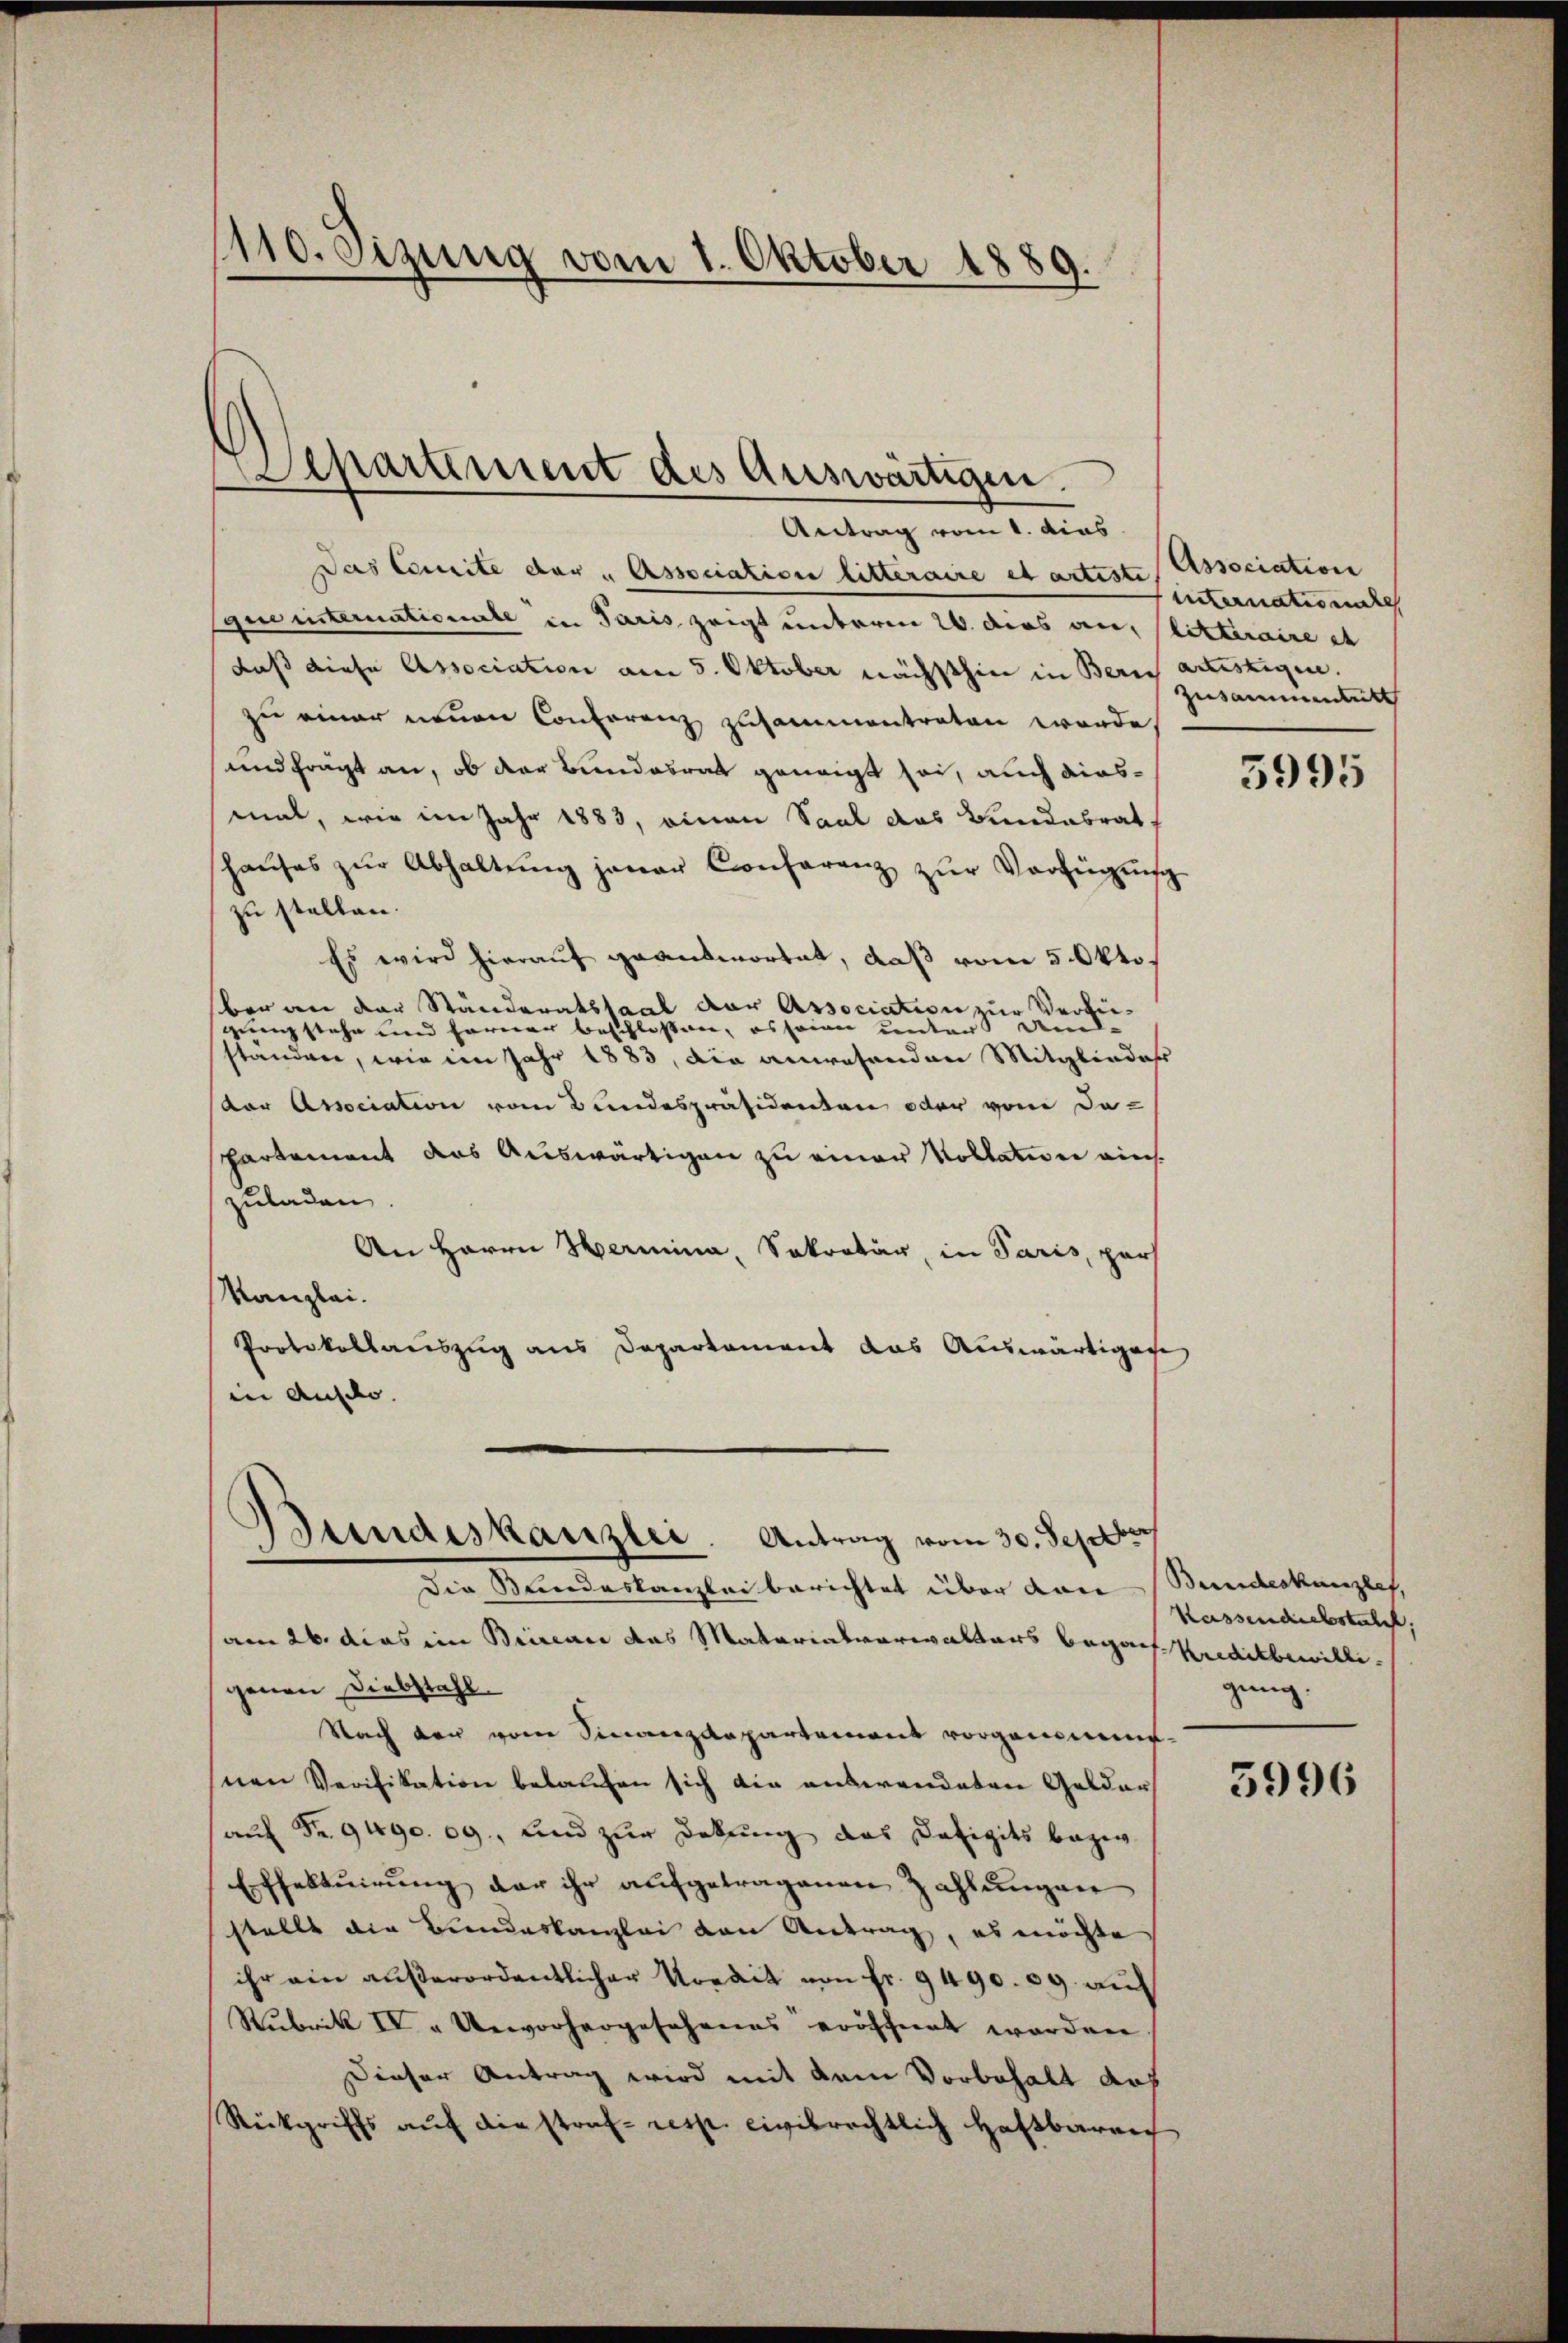
1110. Sizung vom 1. Oktober 1889.
2

Departiment des Auswärtigen.
Antrag vom 1. dies

Das Comite der „Association litteraire et arteste Association
gueenstemationale in Paris zeigt unterm 20. dies an, litteraire es
daß diese Association am 5. Oktober nächsthin in Bern artistigen.
zu einer neuen Conferenz zusammentreten werde
und frägt an, ob der Bundesrat geneigt sei, auch diesmal, wie im Jahr 1883, einen Saal das Bundabrat
shaŭses zŭr Abhaltŭng jener Conferenz zŭr Verfügŭng
zu stellen.
Es wird hierauf geantwortet, daß vom 5. Oktober an der Ständeratssaal der Association zur Verbeigung stehe und ferner beschlossen, es seien unter Aus-
standen, wie im Jahr 1883, die anwesenden Mitglieder
dar Association vom Bundespräsidenten oder vom Da-
Partement das Auswärtigen zu einer Kollation ainzuladen.
An Herrn Hermina, Sekretär, in Paris, par
Kanzlei.
Protokollauszug aus Departement das Auswärtigese
iin Auslo. |
d

Bundeskanzlei. Antrag vom 30. Septber

die Bundeskanzlei berichtet über den Stundeskanzlei,
am 26. dies im Beiseau das Materialverwalters beganf Kreditbewilli
genen Diebstahl.
Nach den vom Finanzdepartement vorgenommennen Verifikation belaufen sich die anderendeten Geldar
(auf Fr. 9490. 09., und zur Dekung das Defizits bezie
Effektuirung der ihr aufgetragenen Zahlungen
stellt die Bundeskanzlei von Antrag, es möchte
ihr ein außerordentlicher Nordit von Fr. 9490. 69. auf
Rubrik IV „Ueworhergesehenes eröffnet worden.
Dieser Antrag wird mit dem Vorbehalt doch
Rückgriffs auf die straf- resp. civilrechtlich Haftbaren

internationale
Zusammenbett

5995

Kassendiebstahl,
gung.

3996